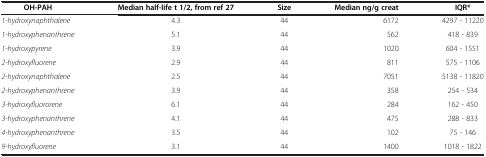
| OH-PAH | Median half-life t 1/2,from ref 27 | Size | Median ng/g creat | IQR* |
 | --- | --- | --- | --- | --- |
 | 1-hydroxynaphthalene | 4.3 | 44 | 6172 | 4297 - 11220 |
 | 1-hydroxyphenanthrene | 5.1 | 44 | 562 | 418 - 839 |
 | 1-hydroxypyrene | 3.9 | 44 | 1020 | 604 - 1551 |
 | 2-hydroxyfluorene | 2.9 | 44 | 811 | 575 - 1106 |
 | 2-hydroxynaphthalene | 2.5 | 44 | 7051 | 5138 - 11820 |
 | 2-hydroxyphenanthrene | 3.9 | 44 | 358 | 254 - 534 |
 | 3-hydroxyfluororene | 6.1 | 44 | 284 | 162 - 450 |
 | 3-hydroxyphenanthrene | 4.1 | 44 | 475 | 288 - 833 |
 | 4-hydroxyphenanthrene | 3.5 | 44 | 102 | 75 - 146 |
 | 9-hydroxyfluorene | 3.1 | 44 | 1400 | 1018 - 1822 |